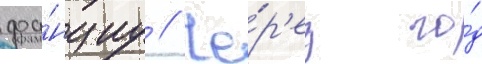
фра́нциу // Че́р'ез го́д